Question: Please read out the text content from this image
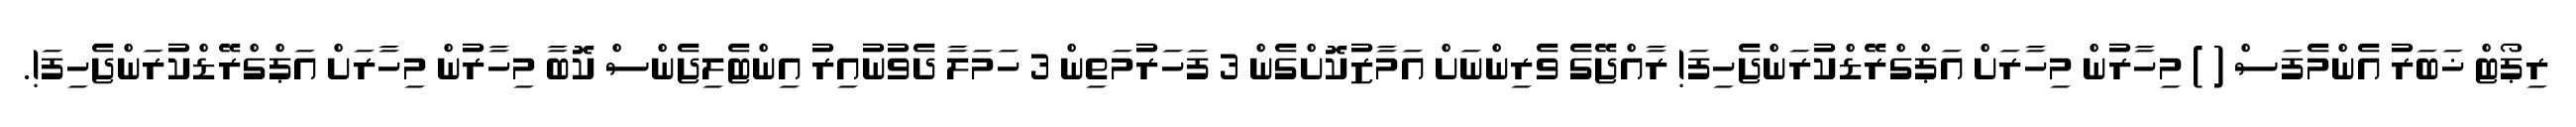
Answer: ރިޕޯޓް ޚަބަރު އެންމެފަސް ( ) މިހާރުން މިހާރަށް އަޕްގްރޭޑްކުރަންޖެހިފަ! ރާއްޖޭގެ ވެރިންނަށް އަމާޒުކޮށްގެން 3 ފަހަރުމަތިން 3 ހަމަލާ ދެވުނުއިރު އިންޓެލިޖެންސް ކޮބާ މިހާރުން މިހާރަށް އަޕްގްރޭޑްކުރަންޖެހިފަ!.